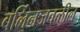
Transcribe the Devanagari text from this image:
बर्लिनजवळील